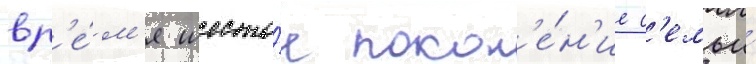
вр'е́м'я шесто́е покол'е́н'ие с'емьи́